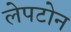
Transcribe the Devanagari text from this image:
लेपटोन